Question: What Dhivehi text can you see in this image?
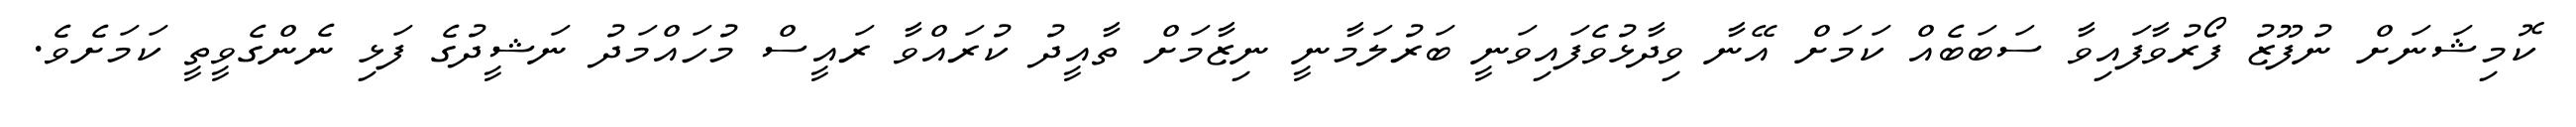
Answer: ކޮމިޝަނަށް ނުފޫޒު ފޯރުވާފައިވާ ސަބަބެއް ކަމަށް އޭނާ ވިދާޅުވެފައިވަނީ ބަރުލަމާނީ ނިޒާމަށް ތާއީދު ކުރައްވާ ރައީސް މުހައްމަދު ނަޝީދުގެ ފަޅި ނެންގެވީތީ ކަމަށެވެ.